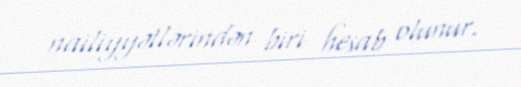
nailiyyətlərindən biri hesab olunur.